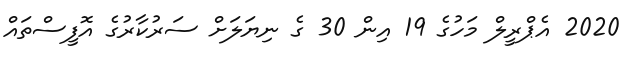
2020 އެޕްރީލް މަހުގެ 19 އިން 30 ގެ ނިޔަލަށް ސަރުކާރުގެ އޮފީސްތައް